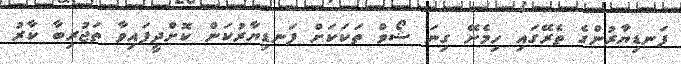
ފަނޑިޔާރުންގެ ތެރޭގައި ހިމެނޭ ގިނަ ޝޯވް ތަކަކަށް ފަނޑިޔާރުކަން ކޮށްދީފައިވާ ތަޖުރިބާ ކާރު